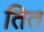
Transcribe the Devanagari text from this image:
तित